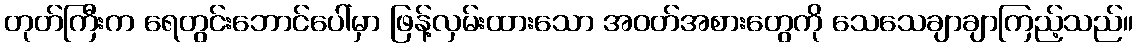
တုတ်ကြီးက ရေတွင်းဘောင်ပေါ်မှာ ဖြန့်လှမ်းထားသော အဝတ်အစားတွေကို သေသေချာချာကြည့်သည်။